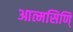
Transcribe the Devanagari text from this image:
आत्मसिणि्